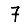
Digit: 7